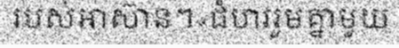
របស់អាស៊ាន។«ជំហររួមគ្នាមួយ